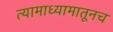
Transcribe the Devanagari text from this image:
त्यामाध्यामातूनच